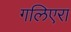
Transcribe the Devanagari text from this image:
गलिएरा